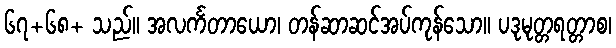
၆၇+၆၈+ သည်။ အလင်္ကတာယော၊ တန်ဆာဆင်အပ်ကုန်သော။ ပဒုမုတ္တရတ္တာစ၊